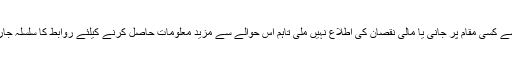
زلزلہ سے کسی مقام پر جانی یا مالی نقصان کی اطلاع نہیں ملی تاہم اس حوالے سے مزید معلومات حاصل کرنے کیلئے روابط کا سلسلہ جاری ہے۔